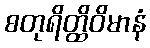
စတုရိတ္ထိဝိမာနံ